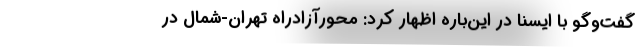
گفت‌وگو با ایسنا در این‌باره اظهار کرد: محورآزادراه تهران-شمال در